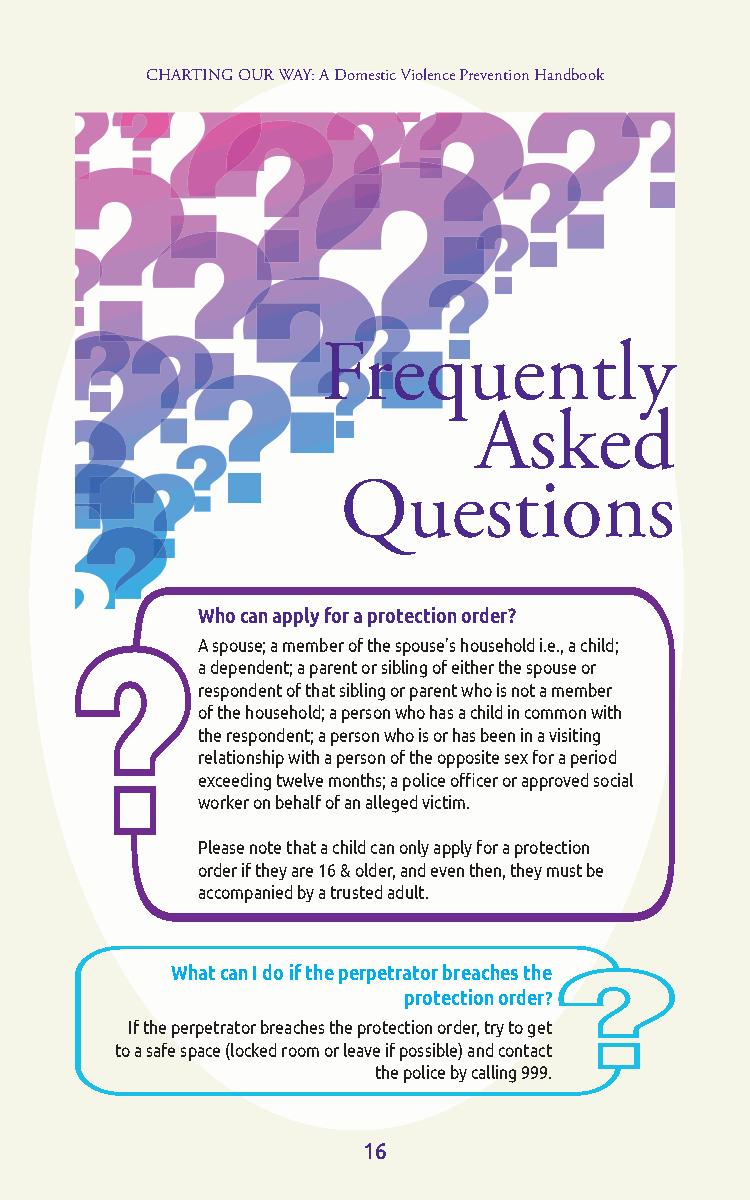
CHARTING OUR WAY: A Domestic Violence Prevention Handbook
 Frequently
 Asked
 Questions
 Who can apply for a protection order?
 A spouse; a member of the spouse’s household i.e., a child;
 a dependent; a parent or sibling of either the spouse or
 respondent of that sibling or parent who is not a member
 of the household; a person who has a child in common with
 the respondent; a person who is or has been in a visiting
 relationship with a person of the opposite sex for a period
 exceeding twelve months; a police officer or approved social
 worker on behalf of an alleged victim.
 Please note that a child can only apply for a protection
 order if they are 16 & older, and even then, they must be
 accompanied by a trusted adult.
 What can I do if the perpetrator breaches the
 protection order?
 If the perpetrator breaches the protection order, try to get
 to a safe space (locked room or leave if possible) and contact
 the police by calling 999.
 16